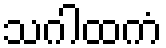
သဂါထကံ